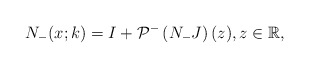
\begin{align*}N_-(x;k) = I+ \mathcal{P}^{-}\left(N_{-} J \right)(z), z \in \mathbb{R},\end{align*}